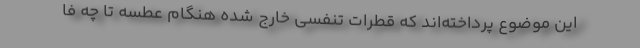
این موضوع پرداخته‌اند که قطرات تنفسی خارج شده هنگام عطسه تا چه فا